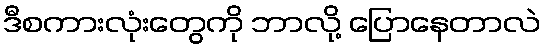
ဒီစကားလုံးတွေကို ဘာလို့ ပြောနေတာလဲ